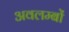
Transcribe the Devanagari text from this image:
अवलम्बों